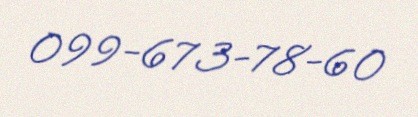
099-673-78-60